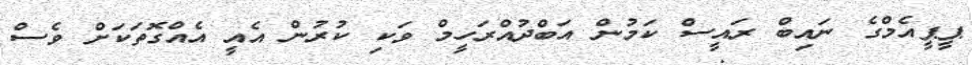
ޕީޕީއެމްގެ ނައިބް ރައީސް ކަމުން އަބްދުއްރަހީމް ވަކި ކުރުން އެއީ އެއްގޮތަަކަށް ވެސް